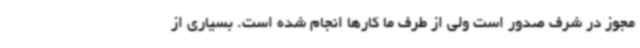
مجوز در شرف صدور است ولی از طرف ما کارها انجام شده است. بسیاری از